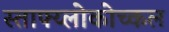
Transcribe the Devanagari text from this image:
स्ताफ्य्लोकोच्कल